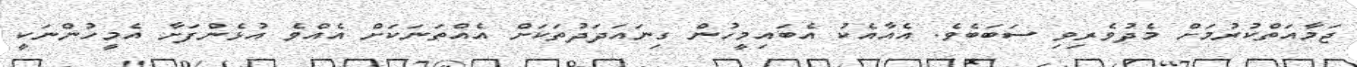
ޖަމާއަތްކުރުމަށް މެދުވެރިވި ސަބަބެވެ. އެއާއެކު އެބައިމީހުން ގިނައަދަދުތަކަށް އެއްތަނަކަށް އެއްވެ އުޅެންފަށާ އެމީހުންނަކީ